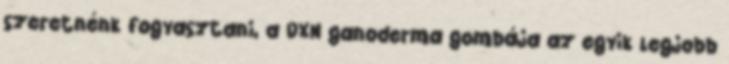
szeretnénk fogyasztani, a DXN ganoderma gombája az egyik legjobb